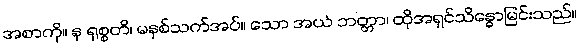
အစာကို။ န ရုစ္စတိ၊ မနှစ်သက်အပ်။ သော အယံ ဘတ္တာ၊ ထိုအရှင်သိန္ဓောမြင်းသည်။